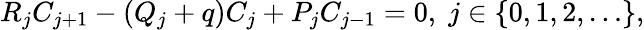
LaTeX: \begin{array}{r}{R_{j}C_{j+1}-(Q_{j}+q)C_{j}+P_{j}C_{j-1}=0,\; j\in\{ 0,1,2,\dots\} ,}\end{array}